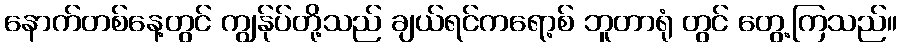
နောက်တစ်နေ့တွင် ကျွန်ုပ်တို့သည် ချယ်ရင်ကရော့စ် ဘူတာရုံ တွင် တွေ့ကြသည်။